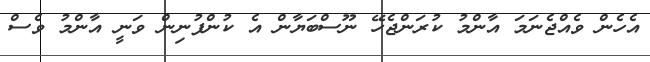
އެހެން ވެއްޖެނަމަ އާންމު ކުރަންޖެހޭ ނޫސްބަޔާން އެ ކުންފުނިން ވަނީ އާންމު ވެސް